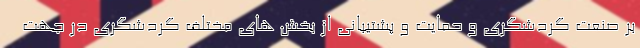
بر صنعت گردشگری و حمایت و پشتیبانی از بخش های مختلف گردشگری در جهت